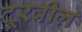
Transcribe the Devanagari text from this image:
दूरवील